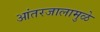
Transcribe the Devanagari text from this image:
आंतरजालामुळे